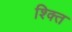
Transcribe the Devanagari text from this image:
श्क्ति